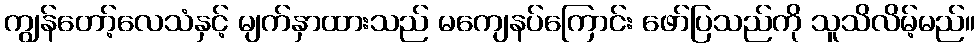
ကျွန်တော့်လေသံနှင့် မျက်နှာထားသည် မကျေနပ်ကြောင်း ဖော်ပြသည်ကို သူသိလိမ့်မည်။